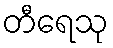
တီရေသု